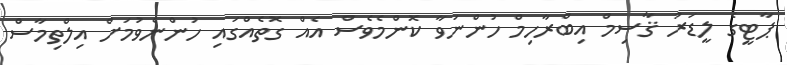
ޕާޓީގެ ލީޑަރު ޤާސިމް އިބްރާހިމް ހުންނަވާ ކޮންމެވެސް އެއް ގޮތެއްގައި ހުންނެވުމަށް އިލްތިމާސް